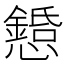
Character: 𢤌